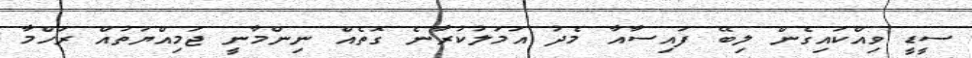
ސީޑީ ވިއްކައިގެން ލިބޭ ފައިސާއާ މެދު އަމަލުކުރާނެ ގޮތެއް ނިންމާނީ ޖަމިއްޔަތުއް ރަހްމާ